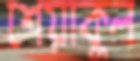
শেয়াকুল